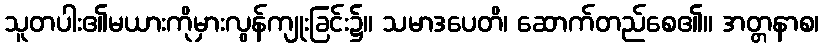
သူတပါး၏မယားကိုမှားလွန်ကျုးခြင်း၌။ သမာဒပေတိ၊ ဆောက်တည်စေ၏။ အတ္တနာစ၊